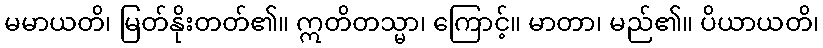
မမာယတိ၊ မြတ်နိုးတတ်၏။ ဣတိတသ္မာ၊ ကြောင့်။ မာတာ၊ မည်၏။ ပိယာယတိ၊